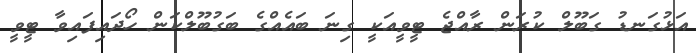
އަޅުގަނޑު ގަބޫލް ކުރަން ރާއްޖެ ޓީވީއަކީ ގިނަ ބައެއްގެ ބަގުބޫލްކަން ހޯދައިފައިވާ ޓީވީ